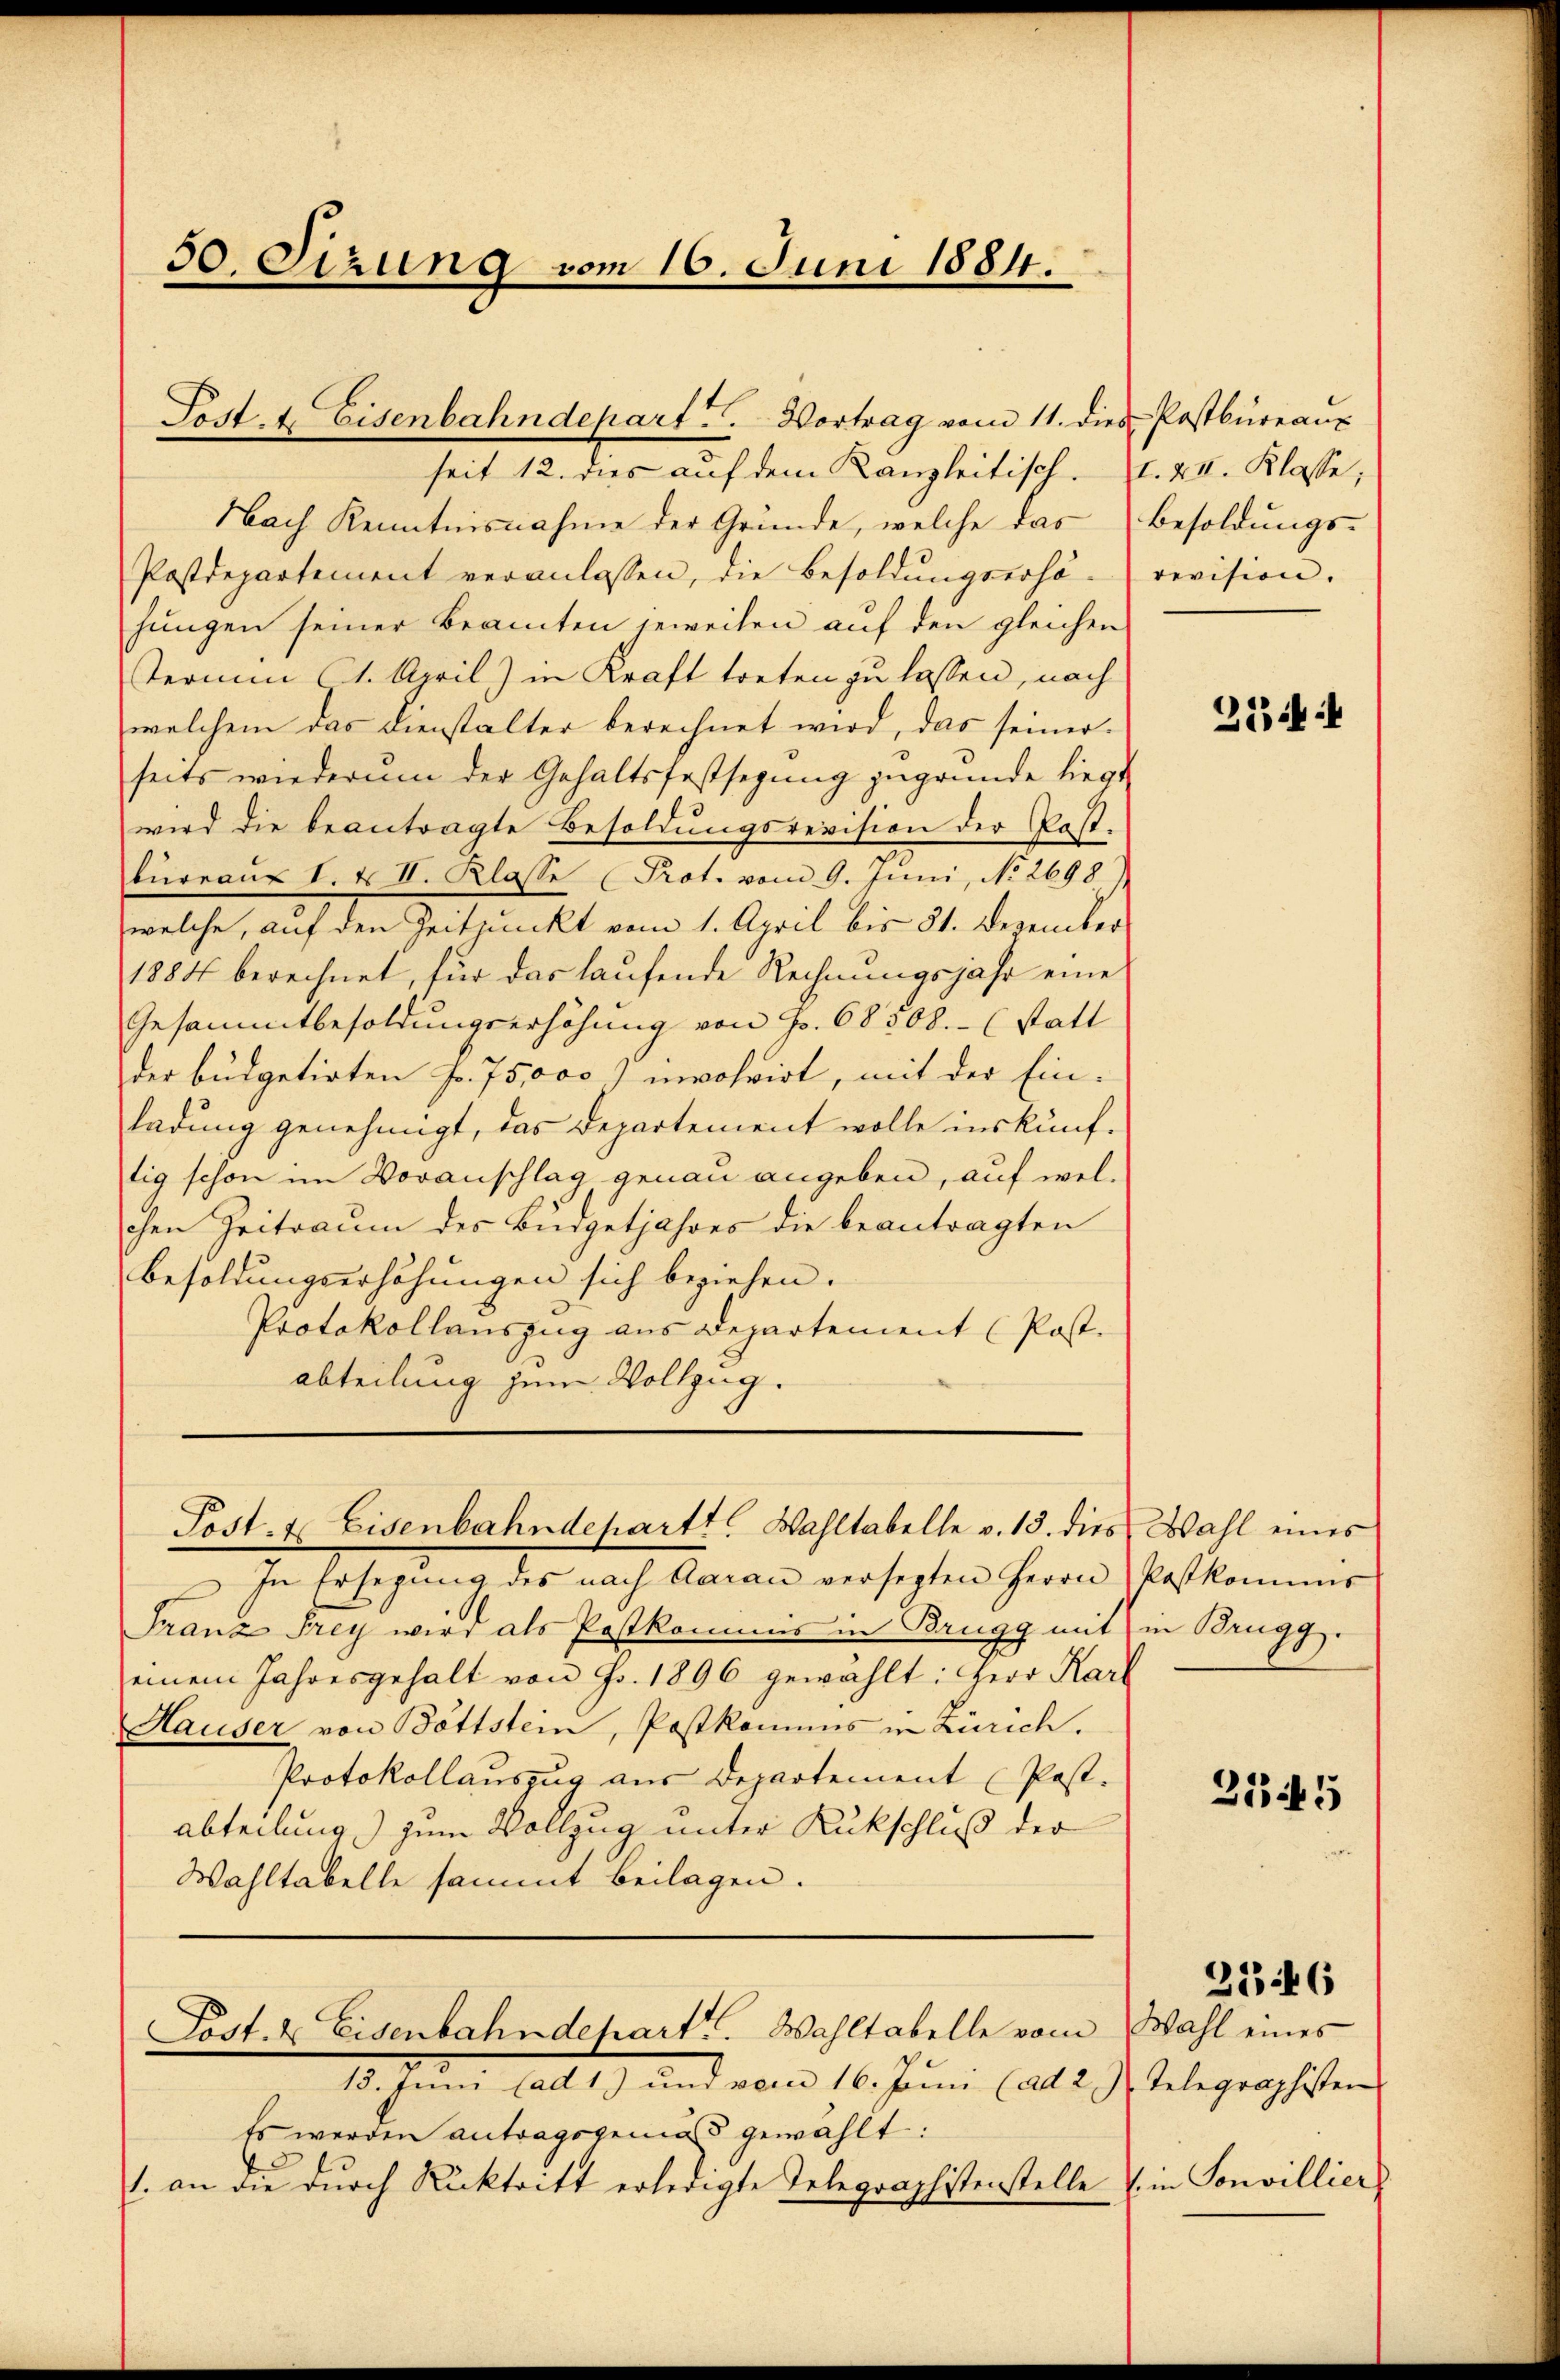
50. Sizung vom 16. Juni 1884.

seit 12. dies auf dem Kanzleitisch. I. XII. Klasse;
Nach Kenntnisnahme der Gründe, welche das Besoldungs-
Postdepartement veranlassen, die Besoldŭngserhö-revision.
hungen seiner Beamten jeweilen auf den gleichen
Termin (1. April) in Kraft treten zu lassen, nach
welchem das Dienstalter berechnet wird, das seinerseits wiederum der Gehaltsfestsezung zugrunde liegt.
wird die beantragte Besoldungsrevision der Post-
büreaŭ I. & II. Klasse (Prot. vom 9. Juni, No 2698)
welche, auf den Zeitpunkt vom 1. April bis 31. Dezember
1884 berechnet, für das laufende Rechnungsjahr eine
Gesammtbesoldungserhöhung von Fr. 68308. - (statt
der büdgetirten fr. 75,000) involvirt, mit der Ein-
ladung genehmigt, das Departement wolle inskünftig schon im Voranschlag genau angeben, auf welchen Zeitraum des Budgetjahres die beantragten
Besoldungserhöhungen sich beziehen.
Protokollauszug aus Departement (Post.
abteilung zum Vollzug.

Post. 4. Eisenbahndepart. Vortrag vom 11. dies Postbüreau

Post- & Eisenbahndepartt. Wahltabelle v. 13. dies Wahl eines

Post. 2 Eisenbahndepart. Wahltabelle vom Wahl eines

In Ersegŭng des nach daran versetzten Herrn Postkommis
Franz Frey wird als Postkommis in Brugg mit in Brugg.
einem Jahresgehalt von Fr. 1896 gewählt: Herr Karl
Hauser von Bottstein, Postkommis in Zürich.
Protokollauszug aus Departement (Post.
abteilung) zum Vollzug unter Rückschluß der
Wahltabelle sammt Beilagen.

15. Juni (ad 1) und vom 16. Juni (ad 2 J. Telegraphisten
Es werden antragsgemäss gewählt:
1. an die dŭrch Rücktritt erledigte Telegraphistenstelle in Sonvillier

214

21345

2146